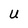
Character: U